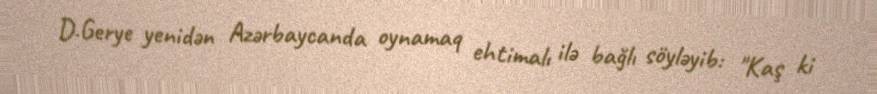
D.Gerye yenidən Azərbaycanda oynamaq ehtimalı ilə bağlı söyləyib: "Kaş ki